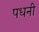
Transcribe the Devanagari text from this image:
पधनी